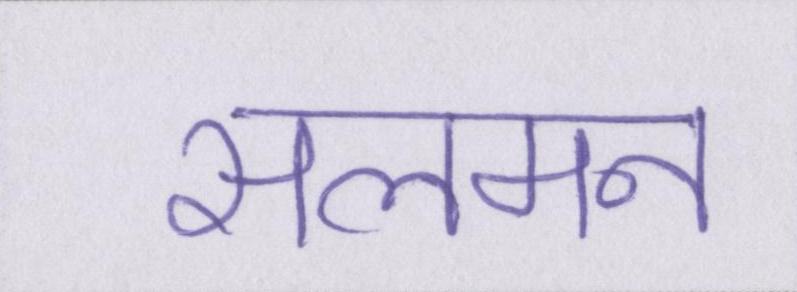
सलमन